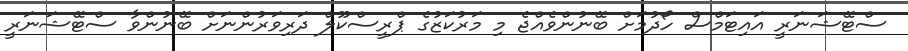
ސްޓޭޝަނަރީ އައިޓަމްސް ހޯދުމަށް ބޭނުންވެއްޖެ މި މަރުކަޒުގެ ޕްރީސްކޫލް ދަރިވަރުންނަށް ބޭނުންވާ ސްޓޭޝަނަރީ